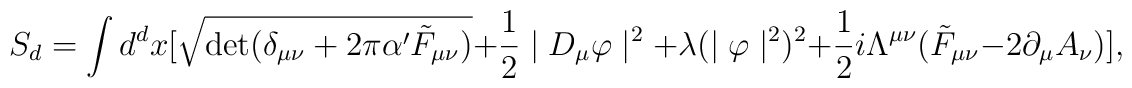
S_{d}= \int d^{d}x [ \sqrt{{\rm det}(\delta_{\mu\nu}+2\pi\alpha' \tilde{F}_{\mu\nu})} + \frac{1}{2}\mid D_{\mu}\varphi\mid^{2} + \lambda (\mid\varphi\mid^{2})^{2} + \frac{1}{2}i\Lambda^{\mu\nu}(\tilde{F}_{\mu\nu}-2\partial_{\mu}A_{\nu}) ],